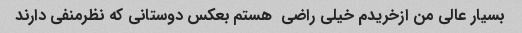
بسیار عالی من ازخریدم خیلی راضی  هستم بعکس دوستانی که نظرمنفی دارند